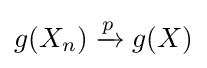
{\textstyle g(X_{n})\xrightarrow {p} g(X)}